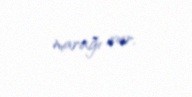
marağı var.